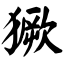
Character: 獗